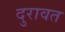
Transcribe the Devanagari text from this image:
दुरावत